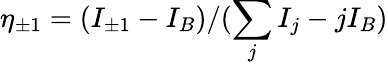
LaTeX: \eta_{\pm 1}=(I_{\pm 1}-I_{B})/(\sum_{j}I_{j}-jI_{B})